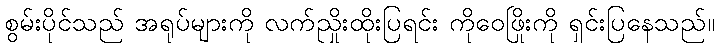
စွမ်းပိုင်သည် အရုပ်များကို လက်ညှိုးထိုးပြရင်း ကိုဝေဖြိုးကို ရှင်းပြနေသည်။